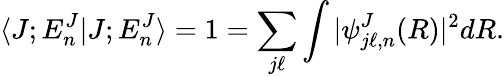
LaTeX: \langle J;E_{n}^{J}|J;E_{n}^{J}\rangle=1=\sum_{j\ell}\int|\psi_{j\ell,n}^{J}(R)|^{2}dR.